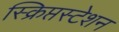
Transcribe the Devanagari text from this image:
स्क्रिप्तस्टेशन